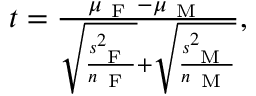
\begin{array} { r } { t = \frac { \mu _ { \mathrm { ~ F ~ } } - \mu _ { \mathrm { ~ M ~ } } } { \sqrt { \frac { s _ { \mathrm { ~ F ~ } } ^ { 2 } } { n _ { \mathrm { ~ F ~ } } } } + \sqrt { \frac { s _ { \mathrm { ~ M ~ } } ^ { 2 } } { n _ { \mathrm { ~ M ~ } } } } } , } \end{array}